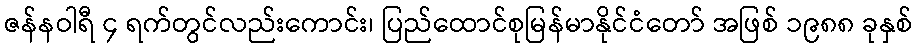
ဇန်နဝါရီ ၄ ရက်တွင်လည်းကောင်း၊ ပြည်ထောင်စုမြန်မာနိုင်ငံတော် အဖြစ် ၁၉၈၈ ခုနှစ်